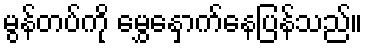
မွန်တပ်ကို မွှေနှောက်နေပြန်သည်။